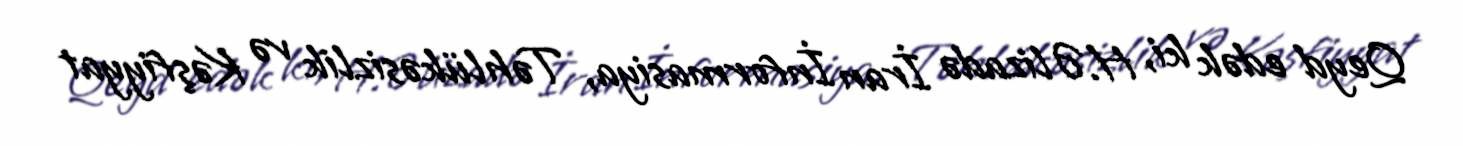
Qeyd edək ki, H.Əlizadə İran İnformasiya, Təhlükəsizlik və Kəşfiyyat